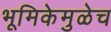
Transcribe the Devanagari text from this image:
भूमिकेमुळेच